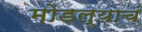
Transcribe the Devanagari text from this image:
मोडल्याचं